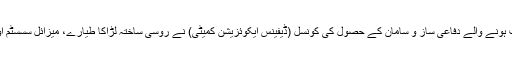
غیر ملکی خبر رساں ادارے کے مطابق بھارتی وزیر دفاع راجناتھ سنگھ کی زیر صدارت ہونے والے دفاعی ساز و سامان کے حصول کی کونسل (ڈیفینس ایکوئزیشن کمیٹی) نے روسی ساختہ لڑاکا طیارے، میزائل سسسٹم اور ریڈار کی خریداری کے لیے 389 ارب بھارتی روپے کی خریداری کی توثیق کردی۔